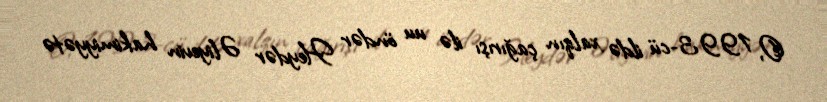
O, 1993-cü ildə xalqın çağırışı ilə uu öndər Heydər Əliyevin hakimiyyətə